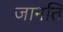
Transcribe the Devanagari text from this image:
जानति